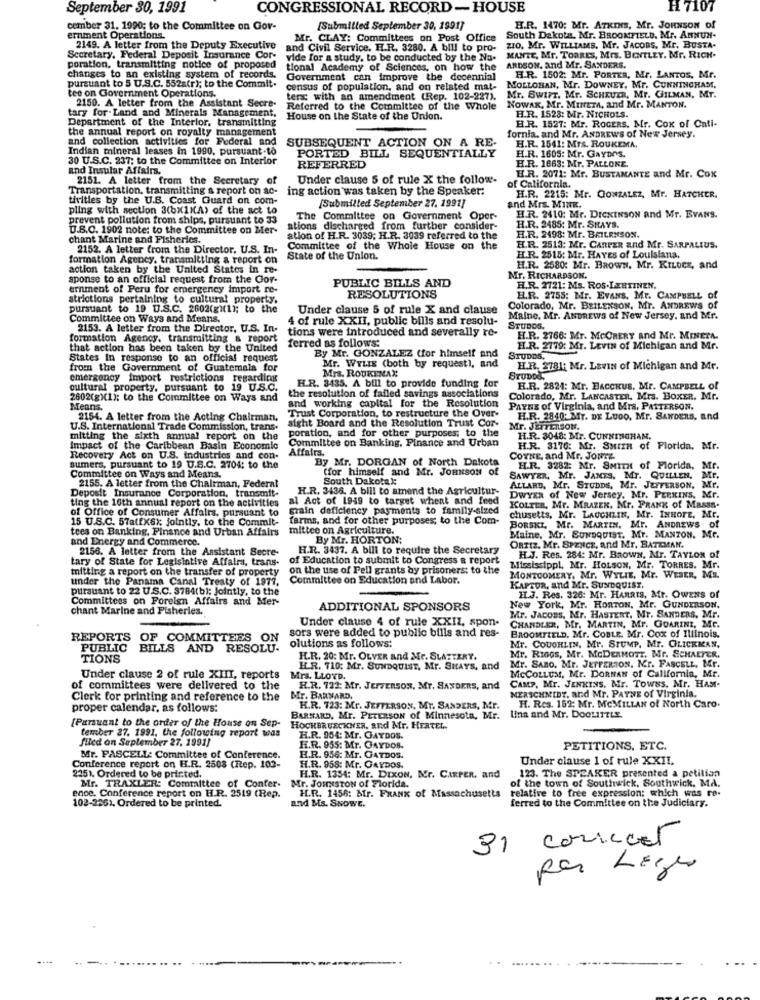
September 30, 1991
CONGRESSIONAL RECORD -HOUSE
H 7107
cember 31. 1990; to the Committee on Gov-
[Submitted September 30, 1991]
H.R. 1470: Mr. ATKINS, Mr. JOHNSON of
ernment Operations.
Mr. CLAY: Committees on Post Office
South Dakota. Mr. BROOMFIELD. Mr. ANNUN-
2149. A letter from the Deputy Executive
and Civil Service. H.R. 3280. A bill to pro-
210. Mr. WILLIAMS, Mr. JACOBS, Mr. BUSTA-
Secretary. Federal Deposit Insurance Cor-
vide for a study, to be conducted by the Na-
MANTE, Mr. TORRES, Mrs. BENTLEY. Mr. RICH.
poration. transmitting notice of proposed
tional Academy of Sciences, on how the
ARDSON, and Mr. SANDERS.
changes to an existing system of records.
Government can improve the decennial
H.R. 1502: Mr. PORTER, Mr. LANTOS, Mr.
pursuant to 5 U.S.C. 552a(r); to the Commit.
census of population, and on related mat-
MOLLOBAN, Mr. DOWNEY, Mr. CUNNINGHAM,
tee on Government Operations.
ter with an amendment (Rep. 102-227).
Mr. SWIFT. Mr. SCHEUER, Mr. GILMAN, Mr.
tary for-Land and Minerals Management.
2150. A letter from the Assistant Secre-
Referred to the Committee of the Whole
NOWAK, Mr. MurEm, and Mr. MANTON.
H.R. 1528: Mr. NICHOLS.
Department of the Interior, transmitting
House on the State of the Union.
the annual report on royalty management
H.R. 1527: Mr. ROGERS, Mr. Cox of Cati-
and collection activities for Federal and
fornia, and Mr. ANDREWS of New Jersey.
Indian mineral leases in 1990, pursuant.to
SUBSEQUENT ACTION ON A RE-
H.R. 1541: Mrs. ROUKEMA.
30 U.S.C. 237; to the Committee on Interior
PORTED BILL SEQUENTIALLY
H.R. 1605: Mr. GAYDns.
and Insular Affairs.
REFERRED
H.R. 1663: Mr. PALLONE.
2151. A letter from the Secretary of
Under clause 5 of rule X the follow-
H.R. 2071: Mr. BUSTAMANTE and Mr. Cox
Transportation, transmitting a report on ac-
ing action was taken by the Speaker:
of California.
tivities by the U.S. Coast Guard on com-
[Submitted September 27. 1991]
H.R. 2215: Mr. GONZALEZ, Mr. HATCHER.
pling with section 3(bx1x(A) of the act to
and Mrs. MINE.
prevent pollution from ships, pursuant to 33
The Committee on Government Oper-
H.R. 2410: Mr. DICKINSON and Mr. EVANS.
U.S.C. 1902 note: to the Committee on Mer-
ations discharged from further consider-
H.R. 2485: Mr. SHAYS.
chant Marine and Fisheries.
ation of H.R. 3039; H.R. 3039 referred to the
H.R. 2498: Mr. BAIERNSON.
2152. A letter from the Director, U.S. In-
Committee of the Whole House on the
H.R. 2513: Mr. CARPER and Mr. SARPALIUS.
formation Agency, transmitting a report on
State of the Union.
H.R. 2515: Mr. HAYES of Louisiana.
action taken by the United States in re-
H.R. 2580: Mr. Baoww. Mr. KILDes, and
sponse to an official request from the Cor-
PUBLIC BILLS AND
Mr. RICHARDSON.
ernment of Peru for emergency import re-
H.R. 2721: Ms. ROS-LEHTINEN.
strictions pertaining to cultural property.
RESOLUTIONS
ELR. 2755: Mr. Evans, Mr. CAMPBELL Of
pursuant to 19 U.S.C. 2602(g)(1); to the
Under clause 5 of rule X and clause
Colorado, Mr. BEILENSON, Mr. ANDREWS of
Committee on Ways and Means,
4 of rule XXII, public bills and resolu-
Maine, Mr. ANDREWS of New Jersey. and Mr.
2153. A letter from the Director, U.S. In-
tions were introduced and severally re-
STUDOS.
formation Agency. transmitting & report
H.R. 2766: Mr. McCRERY and Mr. MINETA.
that action has been taken by the United
ferred as follows:
H.R. 2779: Mr. Levin of Michigan and Mr.
States In response to an official request
By Mr. GONZALEZ (for himself and
STUDDS,
from the Government of Guatemala for
Mr. WYLIE (both by request), and
H.R. 2781: Mr. LavIn of Michigan and Mr.
emergency import restrictions regarding
Mrs. ROUKENAN
STUDDd,
cultural property, pursuant to 19 U.S.C.
H.R. 3435. A bill to provide funding for
H.R. 2821: Mr. BACCHUS, Mr. CAMPBELL of
2602(g)(1); to the Committee on Ways and
and working capital for the Resolution
the resolution of failed savings associations
Colorado, Mr. LANCASTER, Mrs. BOXER. Mr.
Means.
Payns of Virginia, and Mrs. PATTERSON.
2154. A letter from the Acting Chairman,
sight Board and the Resolution Trust Cor-
Trust Corporation, to restructure the Over-
H.R. 2840: Mr. DE LUDO, Mr. SANDERS, and
U.S. International Trade Commission, trans.
poration, and for other purposes; to the
Mr. JEITERSON,
mitting the sixth annual report on the
Committee on Banking, Finance and Urban
H.R. 3048: Mr. CUNNINGHAM.
Impact of the Caribbean Basin Economic
Affairs.
H.R. 3170: Mr. Surra of Florida, Mr.
Recovery Act on U.S. industries and con-
By Mr. DORGAN of North Dakota
COYNE, and Mr. JONTZ
sumers, pursuant to 19 U.S.C. 2704: to the
(for himself and Mr. JOHNSON of
H.R. 3282: Mr. SMITHt of Florida, Mr.
Mr.
Committee on Ways and Means.
South Dakotak:
SAWYER, Mr. JANTS, Mr. QUILLEN.
Mr.
2155. A letter from the Chairman, Federal
H.R. 3436. A bill to amend the Agricultur-
ALLARD, Mr. STUDDS, Mr. JEFFERSON,
Mr.
Deposit Insurance Corporation, transmit-
ting the 10th annual report on the activities
al Act of 1949 to target wheat and feed
DwYxx of New Jersey, Mr. PERKINS, Mr.
of Office of Consumer Affairs, pursuant to
grain deficiency payments to family-sized
KOLTER, Mr. MRAZEK, Mr. PRANK of MassS.
15 U.S.C. 57atfX6x; jointly, to the Commit-
farms, and for other purposes; to the Com-
chusetts, Mr. LAUCHLIN, Mr. INHOPE, Mr.
tees on Banking, Finance and Urban Affairs
mittee on Agriculture.
BORSKI, Mr. MARTIN, Mr. ANDREWS Of
and Energy and Commerce.
By Mr. HORTON:
Maine, Mr. SUNDQUIST. Mr. MANZON. Mr.
2156. A letter from the Assistant Secre-
H.R. 3437. A bill to require the Secretary
ORTIZ, Mr. SPENCE, and Mr. BATEMAN.
tary of State for Legisintive Affairs, trans-
of Education to submit to Congress a report
H.J. Res. 284: Mr. Baown, Mr. TAYLOR of
titting a report on the transfer of property
on the use of Pell grants by prisoners: to the
Mississippi, Mr. HOLSON, Mr. TORRES, Mr.
under the Panama Canal Treaty of 1977.
Committee on Education and Labor.
MONTGOMERY, Mr. WYLIE, Mr. WEBER, MS.
pursuant to 22 U.S.C. 3784(b); Jointly, to the
KAPTUR, and Mr. SUNDQUIST.
Committees on Foreign Affairs and Mer-
HI.J. Res. 326: Mr. HARRIS, Mr. OWENS of
chant Marine and Fisheries.
ADDITIONAL SPONSORS
New York, Mr. HORTON, Mr. GUNDERSON.
Under clause 4 of rule XXII, spon-
Mr. Jacoss, Mr. HASTERT, Mr. SANDERS, Mr.
sors were added to public bills and res-
CHANDLER, Mr. MARTIN, Mr. GUARINI, ME.
REPORTS
OF COMMITTEES ON
BROOMFIELD, Mr. COBLE. Mr. Cox of Illinois.
PUBLIC
BILLS AND RESOLU.
olutions as follows:
Mr. COUGHLIN, Mr. STUMP, Mr. CLICKMAN.
TIONS
H.R. 20: Mr. OLVER and Mr. SLATTERT.
Mr. RIGGs, Mr. MCDERMOTT, Mr. SCHAEFER,
H.R. 110: Mr. SUNDQUIST, Mr. SHAYS, and
Mr. SAno. Mr. JEFFERSON. M.F. FASCELL, Mr.
Under clause 2 of rule XIII, reports
Mrs. LLOYD.
MCCOLLUM, Mr. DORNAN of California, Mr.
of committees were delivered to the
H.R. 722: Mr. JEFFERSON, MY. SANDERS, and
CAMP, Mr. JENKINS, Mr. ToWss. Mr. HAM-
Clerk for printing and reference to the
Mr. BARNARD.
MERSCHMIDT, and Mr. PAYNE of Virginia.
proper calendar, as follows:
H.R. 723: Mr. JEFFERSON. MY. SANDERS, Mr.
H. Res. 152: Mr. McMILLAN of North Caro.
BARNARD, Mr. PETERSON of Minnesota, Mr.
Linn and Mr. DOOLITTLE.
[Parsuant to the order of the House on Sep-
HOCHBRUECKNER, and Mr. HERTEL.
tember 27. 1991, the following report was
filed on September 27, 1991)
H.R. 954: Mr. GAYDOS.
H.R. 955: Mr. GAYDOS.
PETITIONS, ETC.
Mr. PASCELL: Committee of Conference.
H.R. 956: Mr. GATDOS.
Under clause 1 of rule XXII.
Conference report on H.R. 2508 (Rep. 102-
H.R. 958: Mr. GAYDOS.
2251. Ordered to be printed.
H.R. 1354: Mr. Dixon, Mr. CARPER, and
123. The SPEAKER presented a petition
Mr. TRAXLER: Committee of Conter-
Mr. JouNsTON of Florida.
H.R. 1456: Mr. FRANK of Massachusetts
relative to free expression: which was re-
of the town of Southwick, Southwick, MA.
ence. Conference report on H.R. 2519 (Rep.
ferred to the Committee on the Judiciary.
102-2261. Ordered to be printed.
and Ms. SNOWE.
31 correcet
por Leggo
.... .